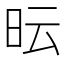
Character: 𭥓